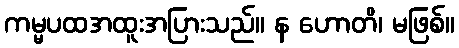
ကမ္မပထအထူးအပြားသည်။ န ဟောတိ၊ မဖြစ်။